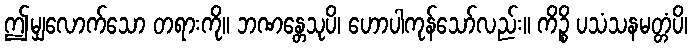
ဤမျှလောက်သော တရားကို။ ဘဏန္တေသုပိ၊ ဟောပါကုန်သော်လည်း။ ကိဉ္စိ ပသံသနမတ္တံပိ၊